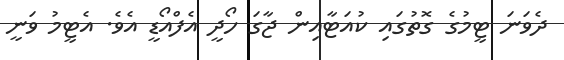
ދެވަނަ ޓީމުގެ ގޮތުގައި ކުއަޓާއިން ޖާގަ ހޯދީ އެފްއޯޑީ އެވެ. އެޓީމު ވަނީ